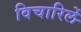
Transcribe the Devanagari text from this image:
विचारिलें